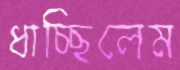
ধাচ্ছিলেম